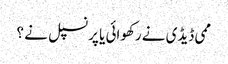
ممی ڈیڈی نے رکھوائی یا پرنسپل نے ؟